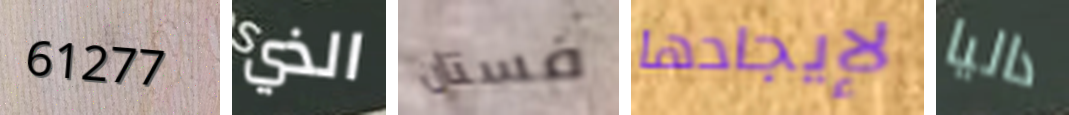
61277 الذي فستان لإيجادها داليا